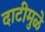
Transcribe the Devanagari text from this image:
दाटीमुळे